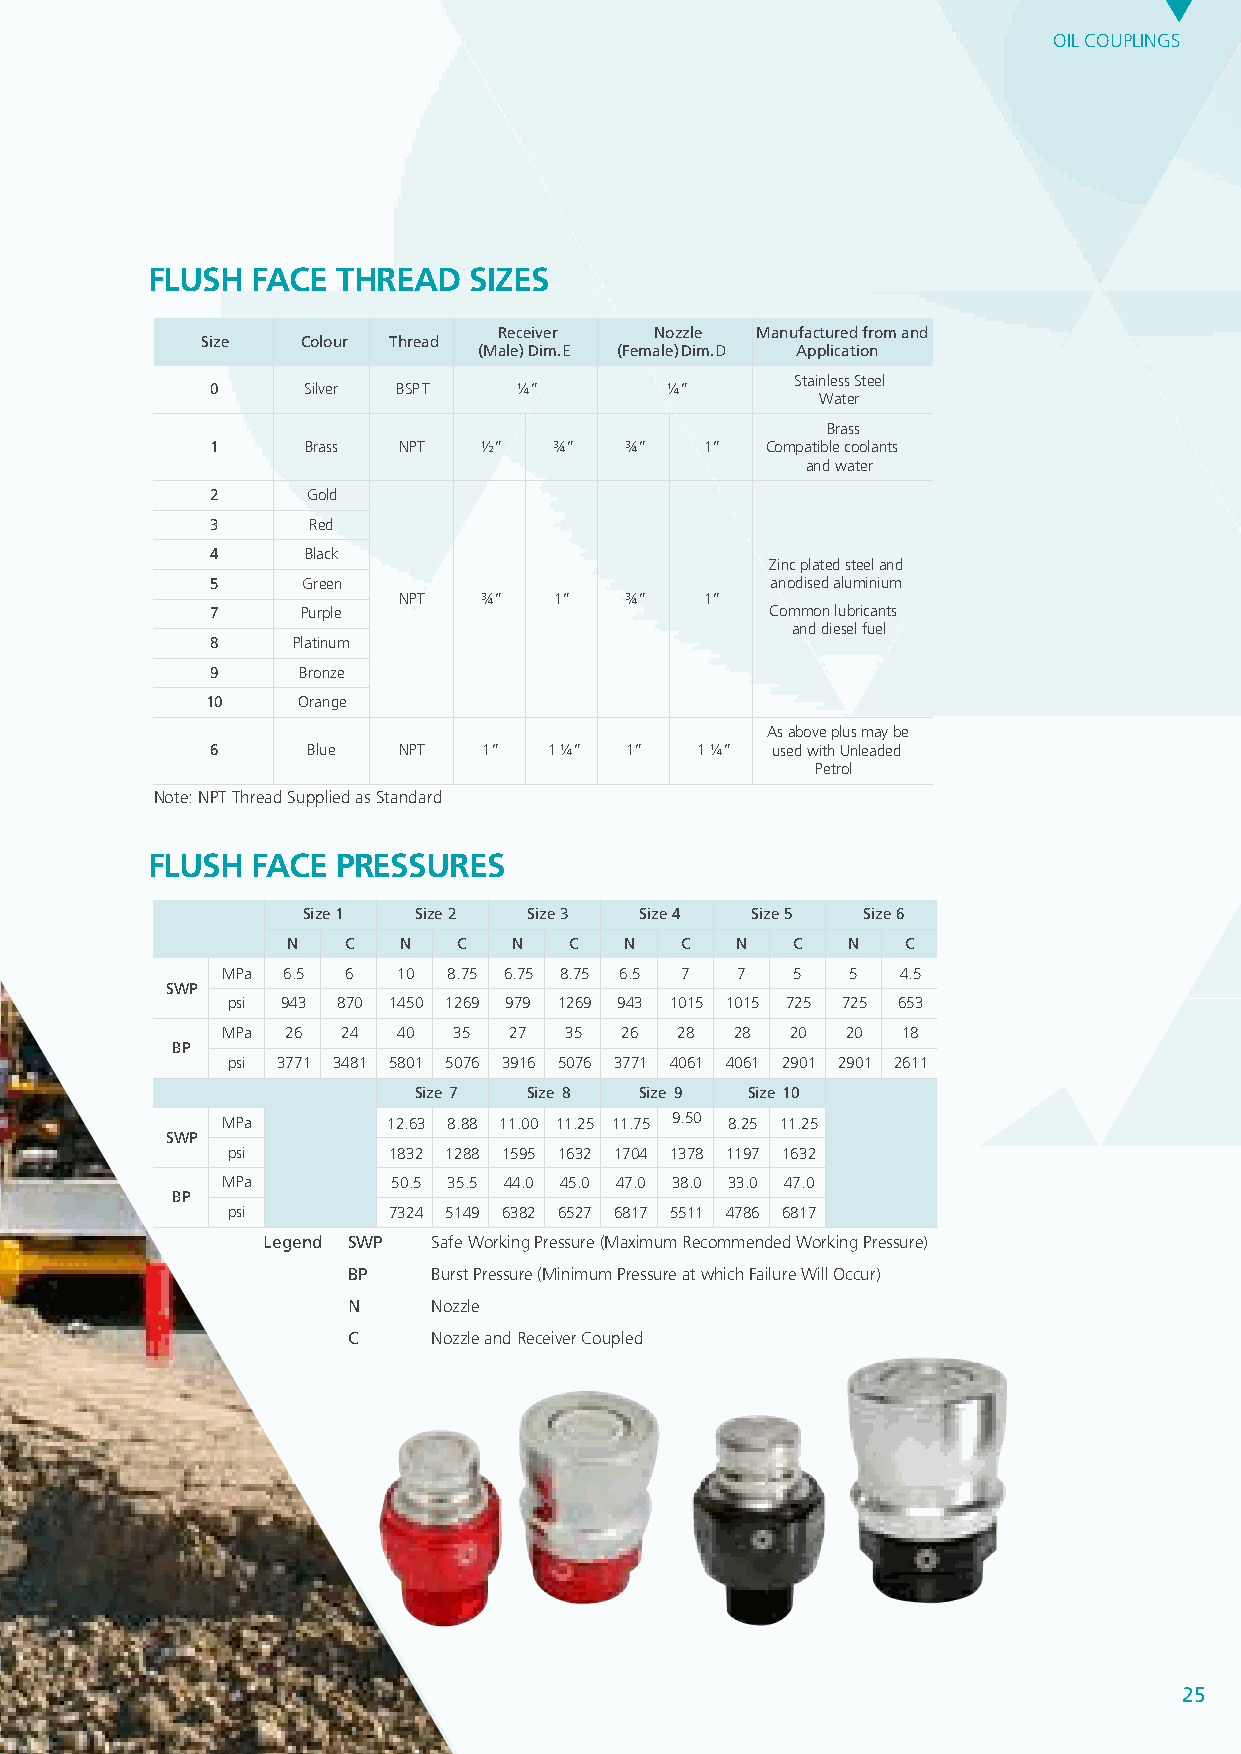
OIL COUPLINGS
 FLUSH  FACE THREAD   SIzES
 Thread Sizes
 Receiver  Nozzle Manufactured from and
 Size   Colour Thread
 (Male) Dim. E (Female) Dim. D Application
 Stainless Steel
 0     Silver BSPT   ¼”        ¼”
 Water
 Brass
 1     Brass NPT   ½”   ¾”  ¾”    1”  Compatible coolants
 and wate r
 2     Gold
 3     Red
 4     Black
 Zinc plated steel and
 5     Green                          anodised aluminium
 NPT   ¾”   1”  ¾”    1”
 7     Purple                         Common lubricants
 and diesel fu el
 8    Platinum
 9     Bronze
 10    Orange
 As above plus may be
 Nozzle & Receiver Connected 6 Blue NPT 1” 1 ¼” 1” 1 ¼” used with Unleaded
 Petrol
 (See table at right)
 Note: NPT Thread Supplied as Standa rd
 FLUSH  FACE PRESSURES
 Pressures
 Size 1 Size 2  Size 3 Size 4  Size 5 Size 6
 N   C  N   C   N   C  N   C   N  C   N   C
 MPa 6.5 6  10  8.75 6.75 8.75 6.5 7 7 5  5   4.5
 SWP
 psi 943 870 1450 1269 979 1269 943 1015 1015 725 725 653
 MPa 26  24 40  35  27 35  26  28  28 20  20  18
 BP
 psi 3771 3481 5801 5076 3916 5076 3771 4061 4061 2901 2901 2611
 Size 7  Size 8 Size 9 Size 10
 MPa        12.63 8.88 11.00 11.25 11.75 9.50 8.25 11.25
 SWP
 psi        1832 1288 1595 1632 1704 1378 1197 1632
 MPa        50.5 35.5 44.0 45.0 47.0 38.0 33.0 47.0
 BP
 psi        7324 5149 6382 6527 6817 5511 4786 6817
 Legend SWP  Safe Working Pressure (Maximum Recommended Working Pressur e)
 BP    Burst Pressure (Minimum Pressure at which Failure Will Occur )
 N     Nozzle
 C     Nozzle and Receiver Couple d
 25